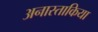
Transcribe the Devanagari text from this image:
अनास्ताकिया